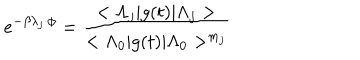
e ^ { - \beta \lambda _ { j } \cdot \phi } = \frac { < \Lambda _ { j } | g ( t ) | \Lambda _ { j } > } { < \Lambda _ { 0 } | g ( t ) | \Lambda _ { 0 } > ^ { m _ { j } } }